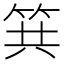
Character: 𥬹